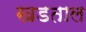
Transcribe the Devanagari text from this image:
खडताल